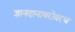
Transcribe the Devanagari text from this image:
ज्ञानदानाबरोबरच